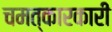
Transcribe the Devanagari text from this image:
चमत्कारकारी